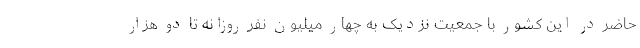
حاضر در این کشور با جمعیت نزدیک به چهار میلیون نفر روزانه تا دو هزار